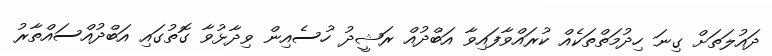
ދައުލަތަށް ގިނަ ހިދުމަތްތަކެއް ކުރައްވާފައިވާ އަބްދުއް ރަޝީދު ހުސެއިން ވިދާޅުވާ ގޮތުގައި އަބްދުއްސައްތާރު